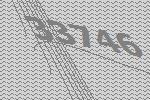
33746